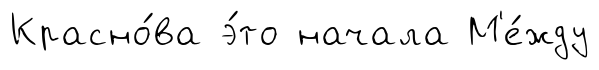
Красно́ва э́то начала М'е́жду